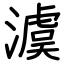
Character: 澞